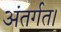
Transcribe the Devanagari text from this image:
अंतर्गत।